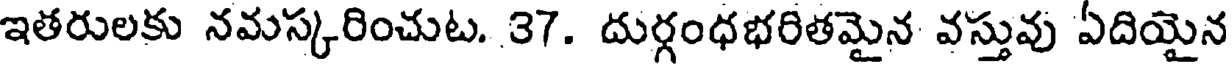
ఇతరులకు నమస్కరించుట. 37. దుర్గంధభరితమైన వస్తువు ఏదియైన